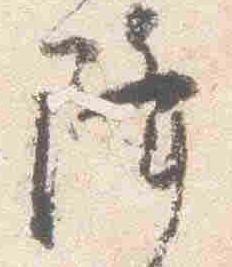
降